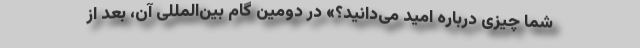
شما چیزی درباره امید می‌دانید؟» در دومین گام بین‌المللی آن، بعد از